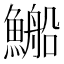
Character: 𲍀